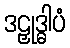
ဒဠှုဒ္ဓါပံ